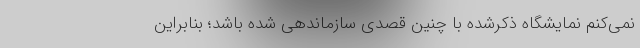
نمی‌کنم نمایشگاه ذکرشده با چنین قصدی سازماندهی شده باشد؛ بنابراین